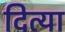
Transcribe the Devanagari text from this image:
दित्या